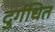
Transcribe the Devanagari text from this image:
दुर्गधित